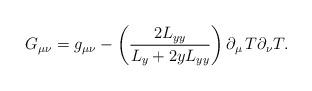
LaTeX: \begin{align*}G_{\mu\nu} = g_{\mu \nu} - \left( \frac{2 L_{yy}}{L_y + 2 y L_{yy}}\right)\partial _\mu \thinspace T \partial _\nu T . \end{align*}